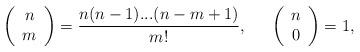
LaTeX: \begin{align*}\left( \begin{array}{c} n\\m \end{array} \right) = \frac{n(n-1)...(n-m+1)}{m!},{~~~}{~}\left( \begin{array}{c} n\\0 \end{array} \right) =1,\end{align*}